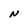
Character: N